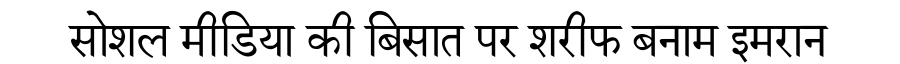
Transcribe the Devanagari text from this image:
सोशल मीडिया की बिसात पर शरीफ बनाम इमरान